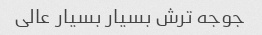
جوجه ترش بسیار بسیار عالی